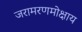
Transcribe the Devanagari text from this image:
जरामरणमोक्षाय